Vaccination North-Western Provinces and Oudh 1896-1901 - 1896-1901
Year: 1896
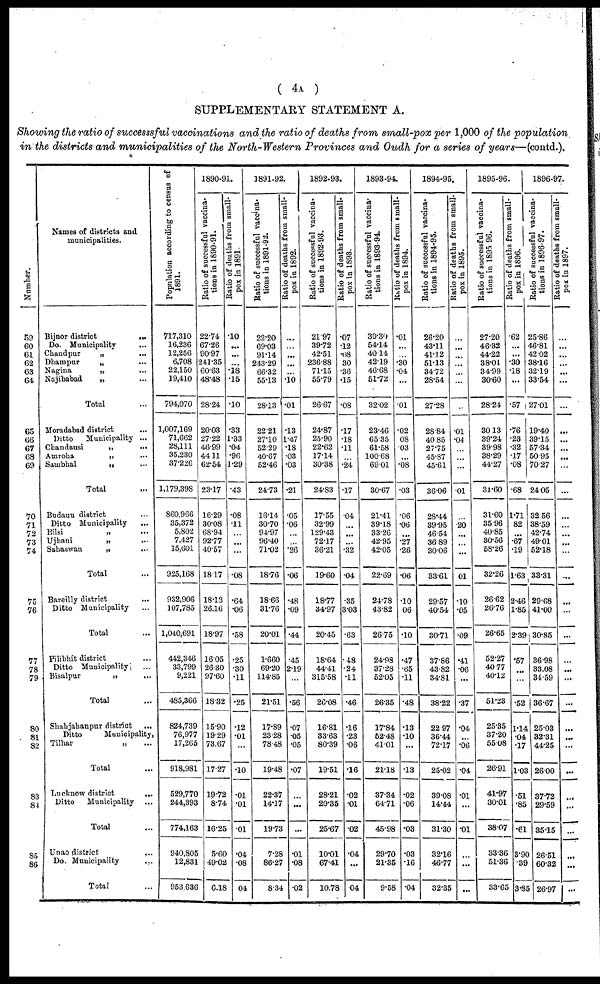
( 4A )
SUPPLEMENTARY STATEMENT A.
Showing the ratio of successsful vaccinations and the ratio of deaths from small-pox per 1,000 of the population
in the districts and municipalities of the North-Western Provinces and Oudh for a series of years—(contd.).
Number.
59
60
61
62
63
64
65
66
67
68
69
70
71
72
73
74
75
76
77
78
79
80
81
82
83
84
85
86
Names of districts and
municipalities.
Bijnor district
...
Do. Municipality ...
Chandpur
„ ...
Dhampur
„ ...
Nagina
„ ...
Najibabad „ ...
Total ...
Moradabad district ...
Ditto
Municipality ...
Chandausi
„
...
Amroha
„ ...
Sambhal „ ...
Total ...
Budaun district ...
Ditto Municipality ...
Bilsi
„
...
Ujhani
„
...
Sahaswan „ ...
Total ...
Bareilly district ...
Ditto Municipality ...
Total ...
Pilibhít district ...
Ditto Municipality ...
Bisalpur
„ ...
Total
Shabjahanpur district
...
Ditto
Municipality,
Tilhar
„
...
Total ...
Lucknow district
...
Ditto
Municipality ...
Total ...
Unao district
...
Do. Municipality
...
Total ...
Population according to census of
1891.
717,310
16,236
12,256
6,708
22,150
19,410
794,070
1,007,169
71,662
28,111
35,230
37,226
1,179,398
860,966
35,372
5,802
7,427
15,601
925,168
932,906
107,785
1,040,691
442,346
33,799
9,221
485,366
824,739
76,977
17,265
918,981
529,770
244,393
774,163
940,805
12,831
953,636
1890-91.
Ratio of successful vaccina-
tions in 1890-91.
22.74
67.26
90.97
241.35
60.63
48.48
28.24
20.03
27.22
46.99
44.11
62.54
23.17
16.29
30.08
68.94
92.77
40.57
18.17
18.13
26.16
18.97
16.05
26.30
97.60
18.32
15.90
19.29
73.67
17.27
19.72
8.74
16.25
5.60
49.02
6.18
Ratio of deaths from small-
pox in 1891
.10
...
...
...
.18
.15
.10
.33
1.33
.04
.96
1.29
.43
.08
.11
...
...
...
.08
.64
.06
.58
.25
.30
.11
.25
.12
.01
...
.10
.01
.01
.01
.04
.08
04
1891-92.
Ratio of successful vaccina-
tions in 1891-92.
22.20
69.03
91.14
243.29
66.32
55.13
28.13
22.21
27.10
52.29
40.67
52.46
24.73
16.14
30.70
94.97
96.40
71.02
18.76
18.66
31.76
20.01
1.660
69.20
114.85
21.51
17.89
23.28
78.48
19.48
22.37
14.17
19.73
7.28
86.27
8.34
Ratio of deaths from small-
pox
in
1892
...
...
...
...
...
.10
.01
.13
1.47
.18
.03
.03
.21
.05
.06
...
...
.26
.06
.48
.09
.44
.45
2.19
...
.56
.07
.05
.05
.07
...
...
...
.01
.08
.02
1892-93.
Ratio of successful vaccina-
tions in 1892-93.
21.97
39.72
42.51
236.88
71.15
55.79
26.67
24.87
25.90
22.62
17.14
30.38
24.83
17.55
32.99
129.43
72.17
36.21
19.60
18.77
34.97
20.45
18.64
44.41
315.58
26.08
16.81
33.63
80.39
19.51
28.21
20.35
25.67
10.01
67.41
10.78
Ratio of deaths from small-
pox in 1893.
.07
.12
.08
30
.36
.15
.08
.17
.18
.11
...
.24
.17
.04
...
...
...
.32
.04
.35
3.03
.63
.48
.24
.11
.46
.16
.23
.06
.16
.02
.01
.02
.04
...
.04
1893-94.
Ratio of successful vaccina-
tions in 1893-94.
30.30
54.14
40.14
42.19
46.68
51.72
32.02
23.46
65.35
61.58
100.68
69.01
30.67
21.41
39.18
33.26
42.95
42.05
22.69
24.78
43.82
26.75
24.98
37.28
52.05
26.35
17.84
52.48
41.01
21.18
37.34
64.71
45.98
29.70
21.35
9.58
Ratio of deaths from small-
pox in 1894.
.01
...
...
.30
.04
...
.01
.02
08
.03
...
.08
.03
.06
.06
...
.27
.26
.06
.10
06
.10
.47
.65
.11
.48
.13
.10
...
.13
.02
.06
.03
.03
.16
.04
1894-95.
Ratio of successful vaccina-
tions in 1894-95.
26.20
43.11
41.12
51.13
34.72
28.54
27.28
28.84
40.85
27.75
45.87
45.61
36.06
28.44
39.95
46.54
36.89
30.06
33.61
29.57
40.54
30.71
37.86
43.82
34.81
38.22
22.97
36.44
72.17
25.02
39.08
14.44
31.30
32.16
46.77
32.35
Ratio of deaths from small-
pox in 1895.
...
...
...
...
...
...
...
.01
.04
...
...
...
.01
...
.20
...
...
...
01
.10
.05
.09
.41
.06
...
.37
.04
...
.06
.04
.01
...
.01
...
...
...
1895-96.
Ratio of successful vaccina-
tions in 1895 96.
27.20
46.32
44.22
38.01
34.39
30.60
28.24
30.13
39.24
39.98
38.29
44.27
31.60
31.60
35.96
40.85
30.56
58.26
32.26
26.62
26.76
26.65
52.27
40.77
40.12
51.23
25.35
37.20
55.08
26.91
41.97
30.01
38.07
33.36
51.36
33.65
Ratio of deaths from small-
pox in 1896.
.62
...
...
.30
.18
...
.57
.76
.23
.32
.17
.08
.68
1.71
82
...
.67
.19
1.63
2.46
1.85
2.39
.57
...
...
.52
1.14
.04
.17
1.03
.51
.85
.61
3.90
.39
3.85
1896-97.
Ratio of successful vaccina-
tions in 1896-97.
25.86
46.81
42.02
38.16
32.19
33.54
27.01
19.40
39.15
57.34
50.95
70.27
24.05
32.56
38.59
42.74
49.01
52.18
33.31
29.68
41.00
30.85
36.98
33.08
34.59
36.67
25.03
32.31
44.25
26.00
37.72
29.59
35.15
26.51
60.32
26.97
Ratio of deaths from small-
pox in 1897.
...
...
...
...
...
...
...
...
...
...
...
...
...
...
...
...
...
...
...
...
...
...
...
...
...
...
...
...
...
...
...
...
...
...
...
...